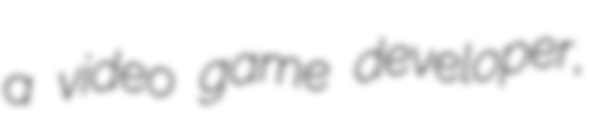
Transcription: a video game developer,